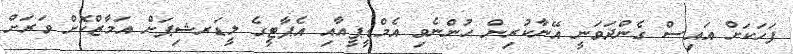
ފަހަކަށް އައިސް ގެންދަވަނީ އޭނާކުރިން ހުންނެވި އެމްޑީޕީއާއި އެޕާޓީގެ ލީޑަރޝިޕަށް އަމާޒްކޮށް ވަރަށް